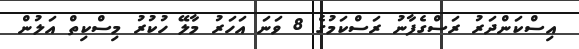
އިސްކަންދަރު ރަސްގެފާނު ރަސްކަމުގެ 8 ވަނަ އަހަރު މާލޭ ހުކުރު މިސްކިތް އަލުން